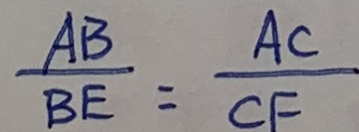
\frac { A B } { B E } = \frac { A C } { C F }